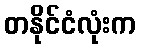
တနိုင်ငံလုံးက